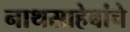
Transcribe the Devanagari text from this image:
नाथसाहेबांचे